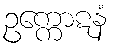
ဥက္ကောဋနံ